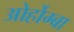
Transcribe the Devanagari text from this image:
ओर्होग्बा